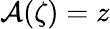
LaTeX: \mathcal{A}(\zeta)=z